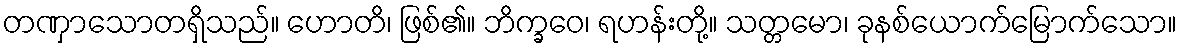
တဏှာသောတရှိသည်။ ဟောတိ၊ ဖြစ်၏။ ဘိက္ခဝေ၊ ရဟန်းတို့။ သတ္တမော၊ ခုနစ်ယောက်မြောက်သော။